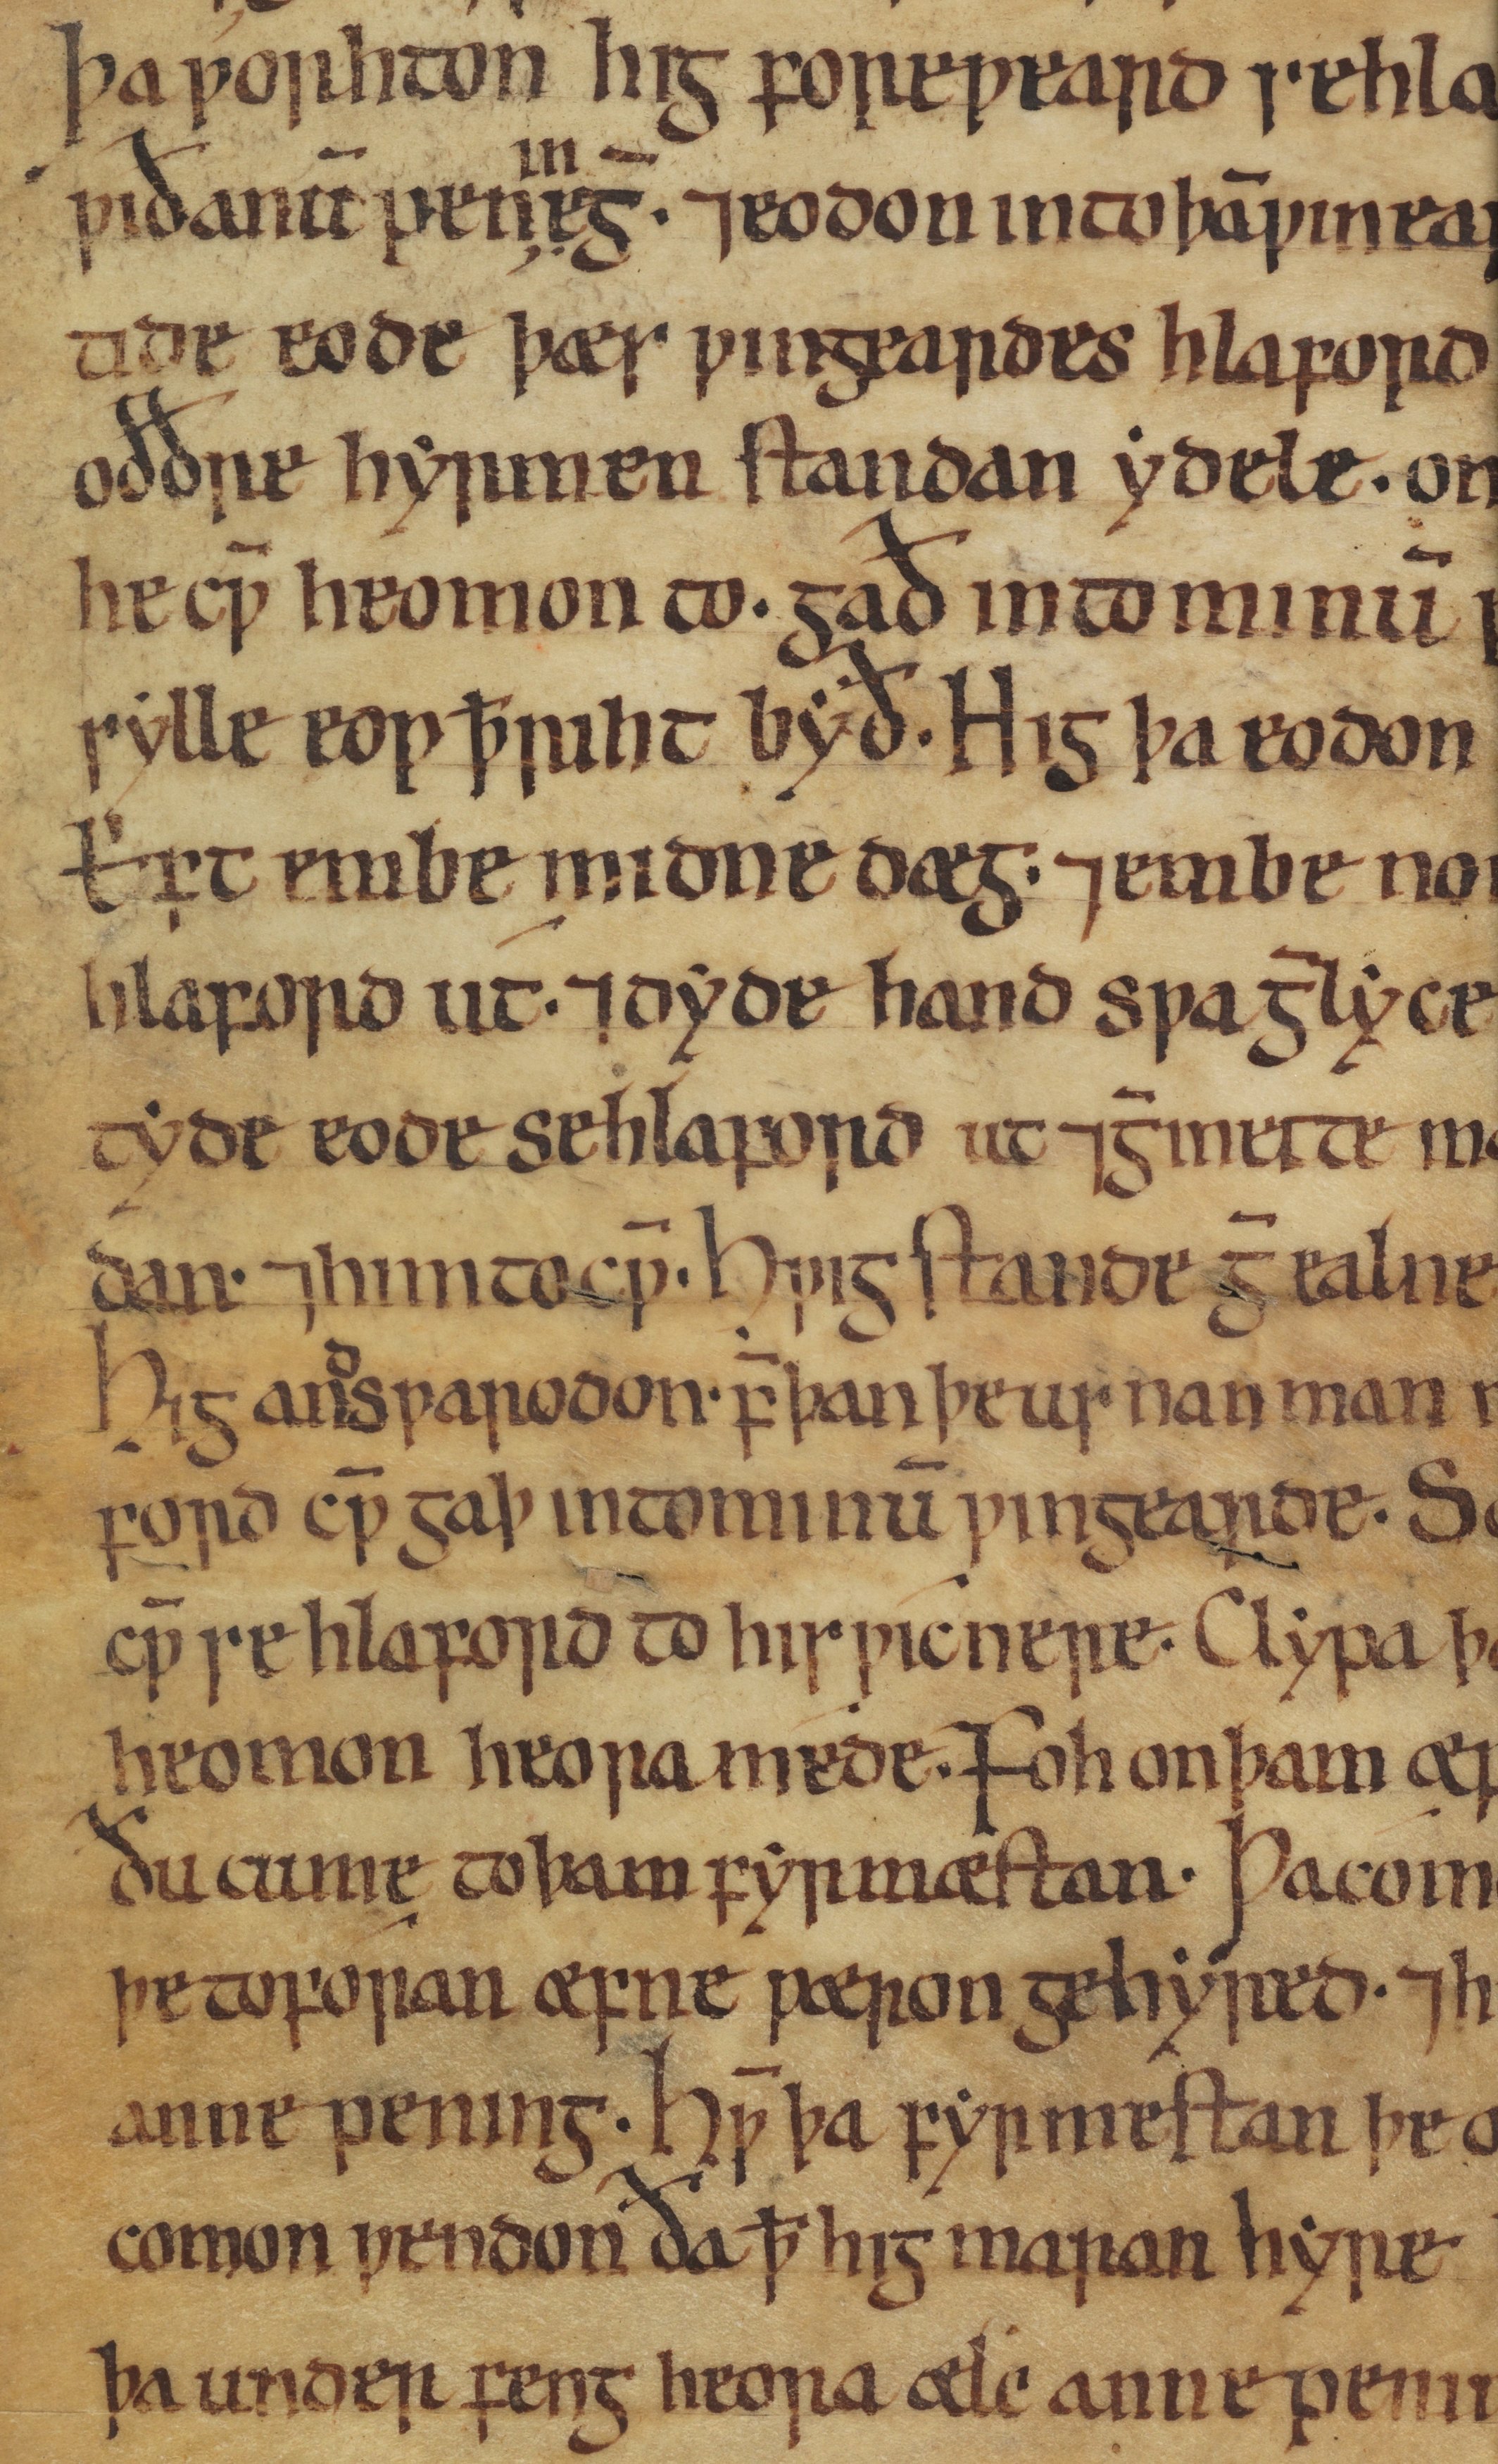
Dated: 1050–1099